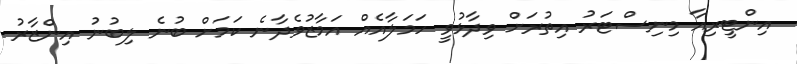
އިންޓީރިއާ މިނިސްޓަރު އިތުރަށް ވިދާޅުވީ ހަމަލާއެއް އަމާޒުވެދާނެ ކަމަށް ބުނެ ލިބުނު އިންޒާރު